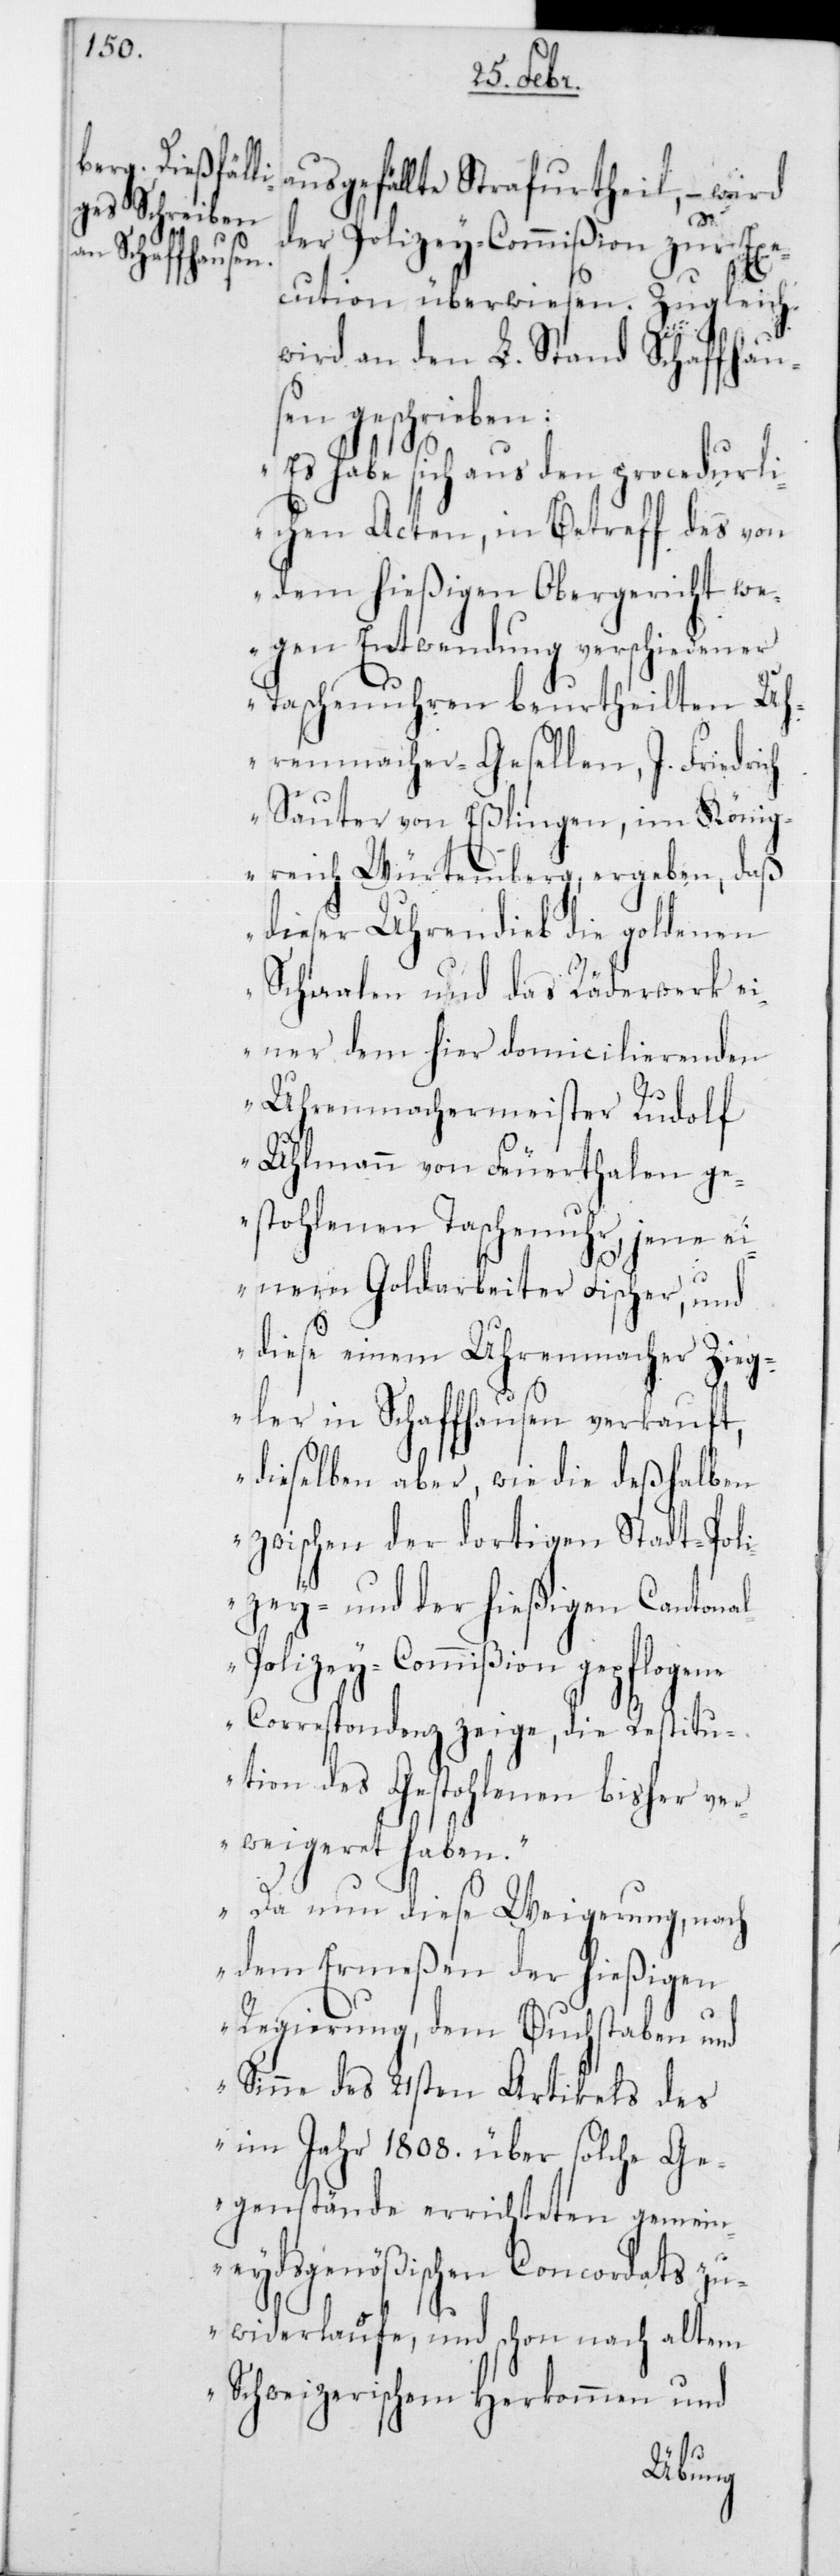
ausgefällte Strafurtheil, – wird
der Polizey-Commißion zur Exe¬
cution überwiesen. Zugleich
wird an den L. Stand Schaffhau¬
sen geschrieben:
„ Es habe sich aus den procedurli¬
chen Acten, in Betreff des von
dem hießigen Obergericht we¬
gen Entwendung verschiedener
Taschenuhren beurtheilten Uh¬
renmacher-Gesellen, J. Friedrich
Sauter von Eßlingen, im König¬
reich Würtemberg, ergeben, daß
dieser Uhrendieb die goldenen
Schaalen und das Räderwerk ei¬
ner dem hier domicilierenden
Uhrenmachermeister Rudolf
Uhlmann von Feuerthalen g¬
estohlenen Taschenuhr, jene ei¬
nem Goldarbeiter Fischer, und
diese einem Uhrenmacher Zieg¬
ler in Schaffhausen verkauft,
dieselben aber wie die deßhalben
zwischen der dortigen Stadt-Poli¬
zey- und der hießigen Cantona¬
l-Polizey-Commißion gepflogene
Correspondenz zeige, die Restitu¬
tion des Gestohlenen bisher ver¬
weigeret haben.
Da nun diese Weigerung nach
dem Ermeßen der hießigen
Regierung, dem Buchstaben und
Sinne des 21sten Artikels des
im Jahr 1808 über solche Ge¬
genstände errichteten gemein¬
eydsgenößischen Concordats zu¬
widerlaufe, und schon nach altem
Schweizerischem Herkommen und